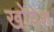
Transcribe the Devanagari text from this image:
खोपेश